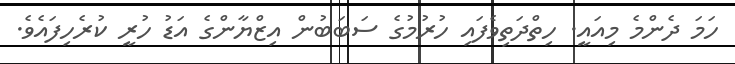
ހަމަ ދެންމެ މިއައީ. ހިތްދަތިވެފައި ހުރުމުގެ ސަބަބުން އިޒްޔާންގެ އަޑު ހުރީ ކުރެހިފައެވެ.